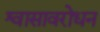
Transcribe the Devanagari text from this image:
श्वासावरोधन